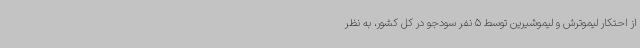
از احتکار لیموترش و لیموشیرین توسط 5 نفر سودجو در کل کشور، به نظر